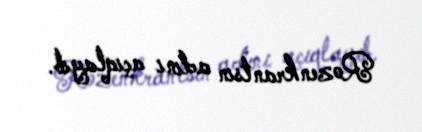
Rozenkrantsın adını açıqlayıb.